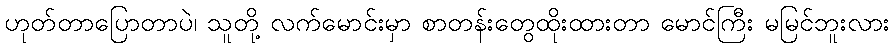
ဟုတ်တာပြောတာပဲ၊ သူတို့ လက်မောင်းမှာ စာတန်းတွေထိုးထားတာ မောင်ကြီး မမြင်ဘူးလား